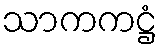
သာကကဋ္ဌံ